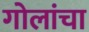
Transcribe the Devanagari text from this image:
गोलांचा